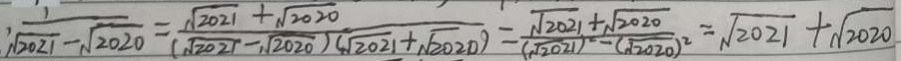
\cdot \frac { 1 } { \sqrt { 2 0 2 1 } - \sqrt { 2 0 2 0 } } = \frac { \sqrt { 2 0 2 1 } + \sqrt { 2 0 2 0 } } { ( \sqrt { 2 0 2 1 } - \sqrt { 2 0 2 0 } ) ( \sqrt { 2 0 2 1 } + \sqrt { 2 0 2 0 } ) } = \frac { \sqrt { 2 0 2 1 } + \sqrt { 2 0 2 0 } } { ( \sqrt { 2 0 2 1 } ) ^ { 2 } - ( \sqrt { 2 0 2 0 } ) ^ { 2 } } = \sqrt { 2 0 2 1 } + \sqrt { 2 0 2 0 }